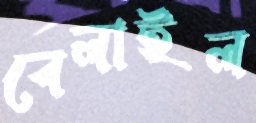
বেলাইল